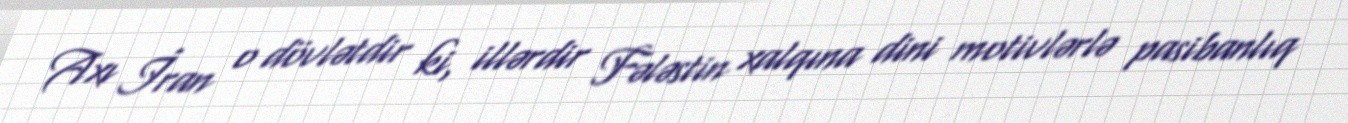
Axı İran o dövlətdir ki, illərdir Fələstin xalqına dini motivlərlə pasibanlıq